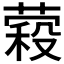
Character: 𮐱